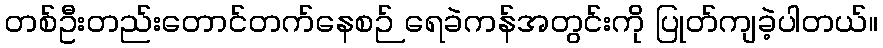
တစ်ဦးတည်းတောင်တက်နေစဉ် ရေခဲကန်အတွင်းကို ပြုတ်ကျခဲ့ပါတယ်။